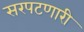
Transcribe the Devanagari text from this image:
सरपटणारी